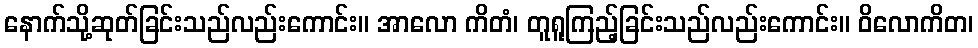
နောက်သို့ဆုတ်ခြင်းသည်လည်းကောင်း။ အာလော ကိတံ၊ တူရူကြည့်ခြင်းသည်လည်းကောင်း။ ဝိလောကိတ၊